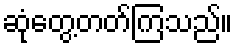
ဆုံတွေ့တတ်ကြသည်။